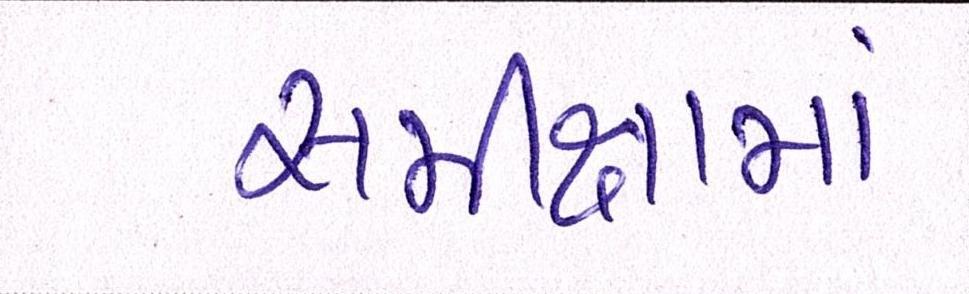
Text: સમીક્ષામાં